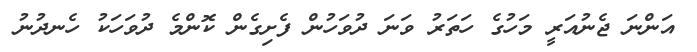
އަންނަ ޖެނުއަރީ މަހުގެ ހަތަރު ވަނަ ދުވަހުން ފެށިގެން ކޮންމެ ދުވަހަކު ހެނދުނު